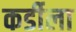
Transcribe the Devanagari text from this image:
कर्डीला